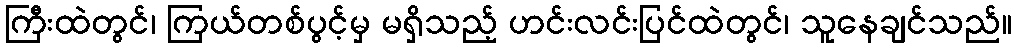
ကြီးထဲတွင်၊ ကြယ်တစ်ပွင့်မှ မရှိသည့် ဟင်းလင်းပြင်ထဲတွင်၊ သူနေချင်သည်။